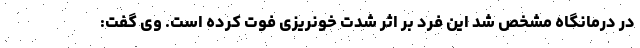
در درمانگاه مشخص شد این فرد بر اثر شدت خونریزی فوت کرده است. وی گفت: